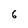
Character: 6